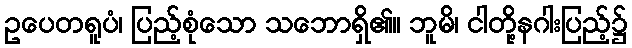
ဥပေတရူပံ၊ ပြည့်စုံသော သဘောရှိ၏။ ဘူမိ၊ ငါတို့နဂါးပြည့်၌